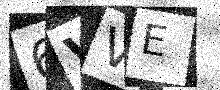
Text: 6VVE